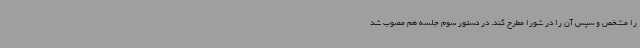
را مشخص و سپس آن را در شورا مطرح کند. در دستور سوم جلسه هم مصوب شد